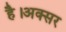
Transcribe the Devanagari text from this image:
है।अक्सर